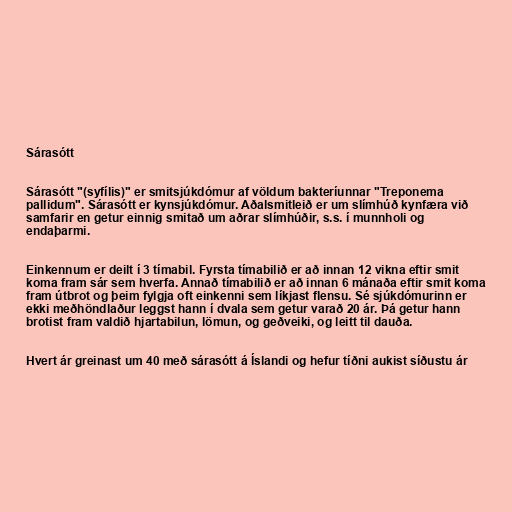
Sárasótt

Sárasótt "(syfílis)" er smitsjúkdómur af völdum bakteríunnar "Treponema
pallidum". Sárasótt er kynsjúkdómur. Aðalsmitleið er um slímhúð kynfæra við
samfarir en getur einnig smitað um aðrar slímhúðir, s.s. í munnholi og
endaþarmi.

Einkennum er deilt í 3 tímabil. Fyrsta tímabilið er að innan 12 vikna eftir smit
koma fram sár sem hverfa. Annað tímabilið er að innan 6 mánaða eftir smit koma
fram útbrot og þeim fylgja oft einkenni sem líkjast flensu. Sé sjúkdómurinn er
ekki meðhöndlaður leggst hann í dvala sem getur varað 20 ár. Þá getur hann
brotist fram valdið hjartabilun, lömun, og geðveiki, og leitt til dauða.

Hvert ár greinast um 40 með sárasótt á Íslandi og hefur tíðni aukist síðustu ár